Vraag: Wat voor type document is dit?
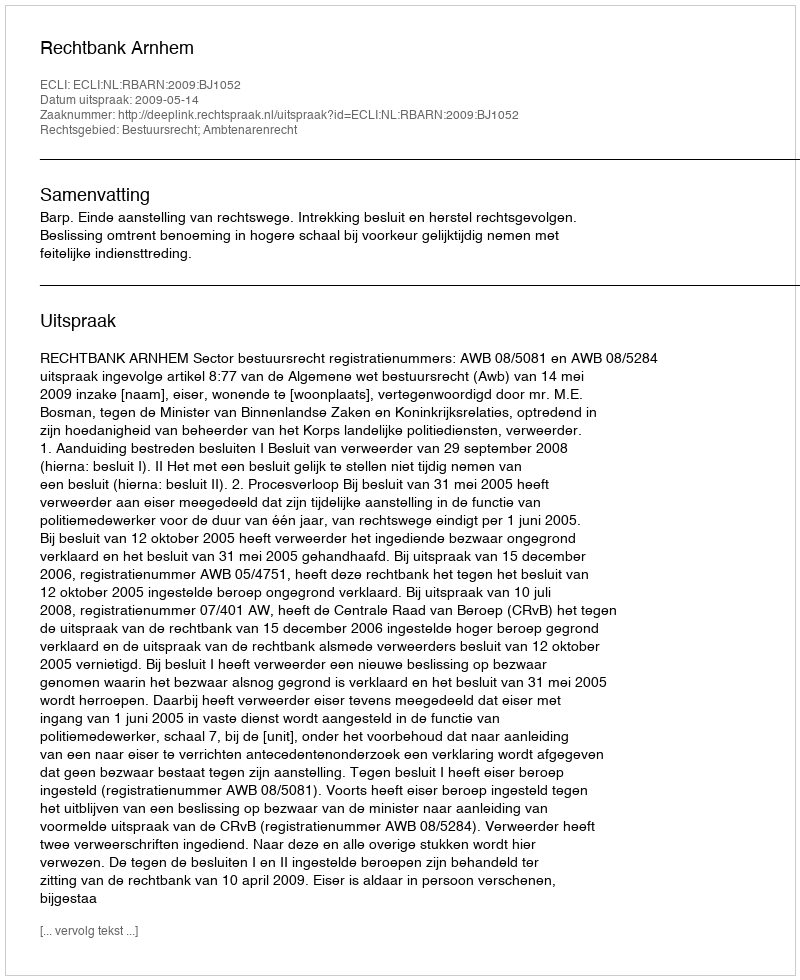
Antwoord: Uitspraak